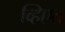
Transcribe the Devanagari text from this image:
व्हिएत